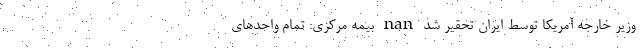
وزیر خارجه آمریکا توسط ایران تحقیر شد nan بیمه مرکزی: تمام واحدهای